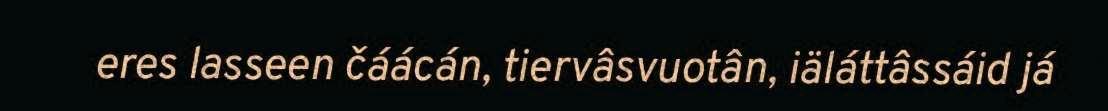
eres lasseen čáácán, tiervâsvuotân, iäláttâssáid já